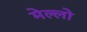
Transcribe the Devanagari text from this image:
मेल्लो